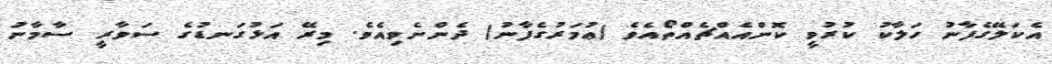
އެކަލޭގެފާނު ހަލާކު ކުރުވީ ކޮންއެއްޗެއްތޯއެވެ (ޢުމަރުގެފާނު) ދެންނެވިއެވެ. މިރޭ އަޅުގަނޑުގެ ސަވާރީ ސާމާނު